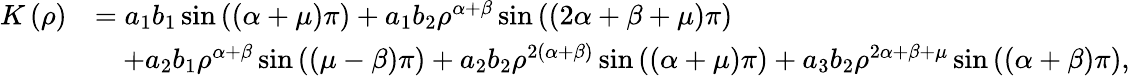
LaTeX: \begin{array}{rl}{K\left(\rho\right)}&{=a_{1}b_{1}\sin\left(\left(\alpha+\mu\right)\pi\right)+a_{1}b_{2}\rho^{\alpha+\beta}\sin\left(\left(2\alpha+\beta+\mu\right)\pi\right)}\\ &{\quad+a_{2}b_{1}\rho^{\alpha+\beta}\sin\left(\left(\mu-\beta\right)\pi\right)+a_{2}b_{2}\rho^{2\left(\alpha+\beta\right)}\sin\left(\left(\alpha+\mu\right)\pi\right)+a_{3}b_{2}\rho^{2\alpha+\beta+\mu}\sin\left(\left(\alpha+\beta\right)\pi\right),}\end{array}